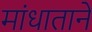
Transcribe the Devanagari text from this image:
मांधाताने